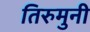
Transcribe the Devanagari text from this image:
तिरुमुनी